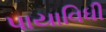
પાયાવિધી